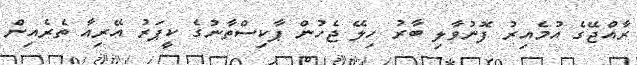
ރާއްޖޭގެ އުމެއިރު ފޮނުވާލި ބާރު ހިލޭ ޖެހުން ޕާކިސްތާނުގެ ކީޕަރު އޭރިއާ ތެރެއިން